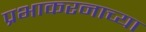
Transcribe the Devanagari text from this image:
प्रभाकरनाच्या